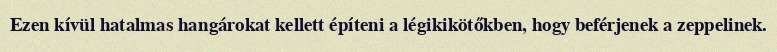
Ezen kívül hatalmas hangárokat kellett építeni a légikikötőkben, hogy beférjenek a zeppelinek.